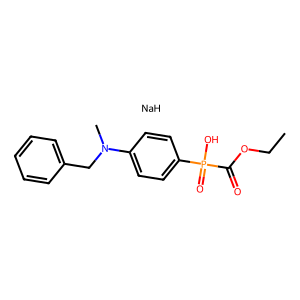
SMILES: CCOC(=O)P(=O)(O)c1ccc(N(C)Cc2ccccc2)cc1.[NaH]
Inhibits HIV replication: No